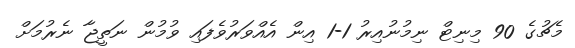
މެޗުގެ 90 މިނިޓް ނިމުނުއިރު 1-1 އިން އެއްވަރުވެފައި ވުމުން ނަތީޖާ ނެރުމަށް